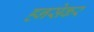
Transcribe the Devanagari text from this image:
हनसेकर